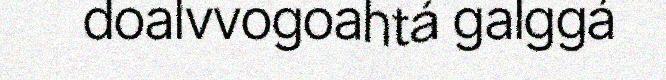
doalvvogoahtá galggá